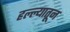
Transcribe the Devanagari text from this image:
हल्ल्यातून